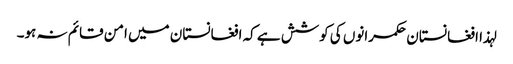
لہذا افغانستان حکمرانوں کی کوشش ہے کہ افغانستان میں امن قائم نہ ہو۔